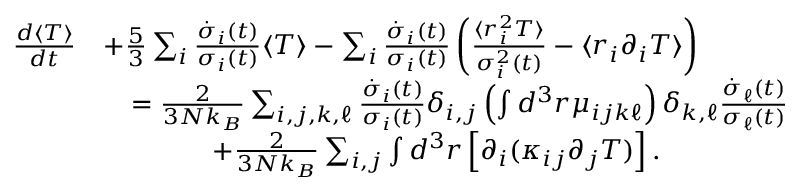
\begin{array} { r l } { \frac { d \langle T \rangle } { d t } } & { + \frac { 5 } { 3 } \sum _ { i } \frac { \dot { \sigma } _ { i } ( t ) } { \sigma _ { i } ( t ) } \langle T \rangle - \sum _ { i } \frac { \dot { \sigma } _ { i } ( t ) } { \sigma _ { i } ( t ) } \left( \frac { \langle r _ { i } ^ { 2 } T \rangle } { \sigma _ { i } ^ { 2 } ( t ) } - \langle r _ { i } \partial _ { i } T \rangle \right) } \\ & { \quad = \frac { 2 } { 3 N k _ { B } } \sum _ { i , j , k , \ell } \frac { \dot { \sigma } _ { i } ( t ) } { \sigma _ { i } ( t ) } \delta _ { i , j } \left( \int d ^ { 3 } r \mu _ { i j k \ell } \right) \delta _ { k , \ell } \frac { \dot { \sigma } _ { \ell } ( t ) } { \sigma _ { \ell } ( t ) } } \\ & { \quad \quad \quad \quad + \frac { 2 } { 3 N k _ { B } } \sum _ { i , j } \int d ^ { 3 } r \left[ \partial _ { i } ( \kappa _ { i j } \partial _ { j } T ) \right] . } \end{array}